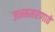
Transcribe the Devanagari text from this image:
जन्ममरणातें